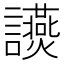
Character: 𧮃